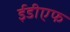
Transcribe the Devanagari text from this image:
ईडीएफ